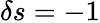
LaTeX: \delta s=-1